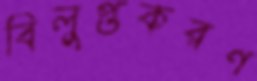
বিলুপ্তকরণ